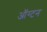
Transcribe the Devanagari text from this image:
ऑग्टन